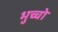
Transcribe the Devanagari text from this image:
भुच्चो